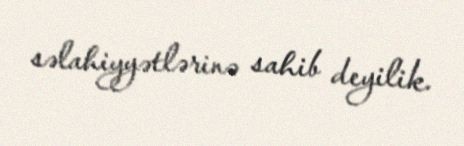
səlahiyyətlərinə sahib deyilik.